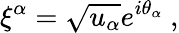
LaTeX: \xi^{\alpha}=\sqrt{u_{\alpha}}e^{i\theta_{\alpha}}\ ,